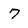
Character: 7